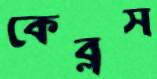
কেব্লস